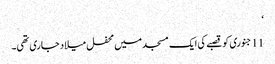
‘
11 جنوری کو قصبے کی ایک مسجد میں محفل میلاد جاری تھی۔